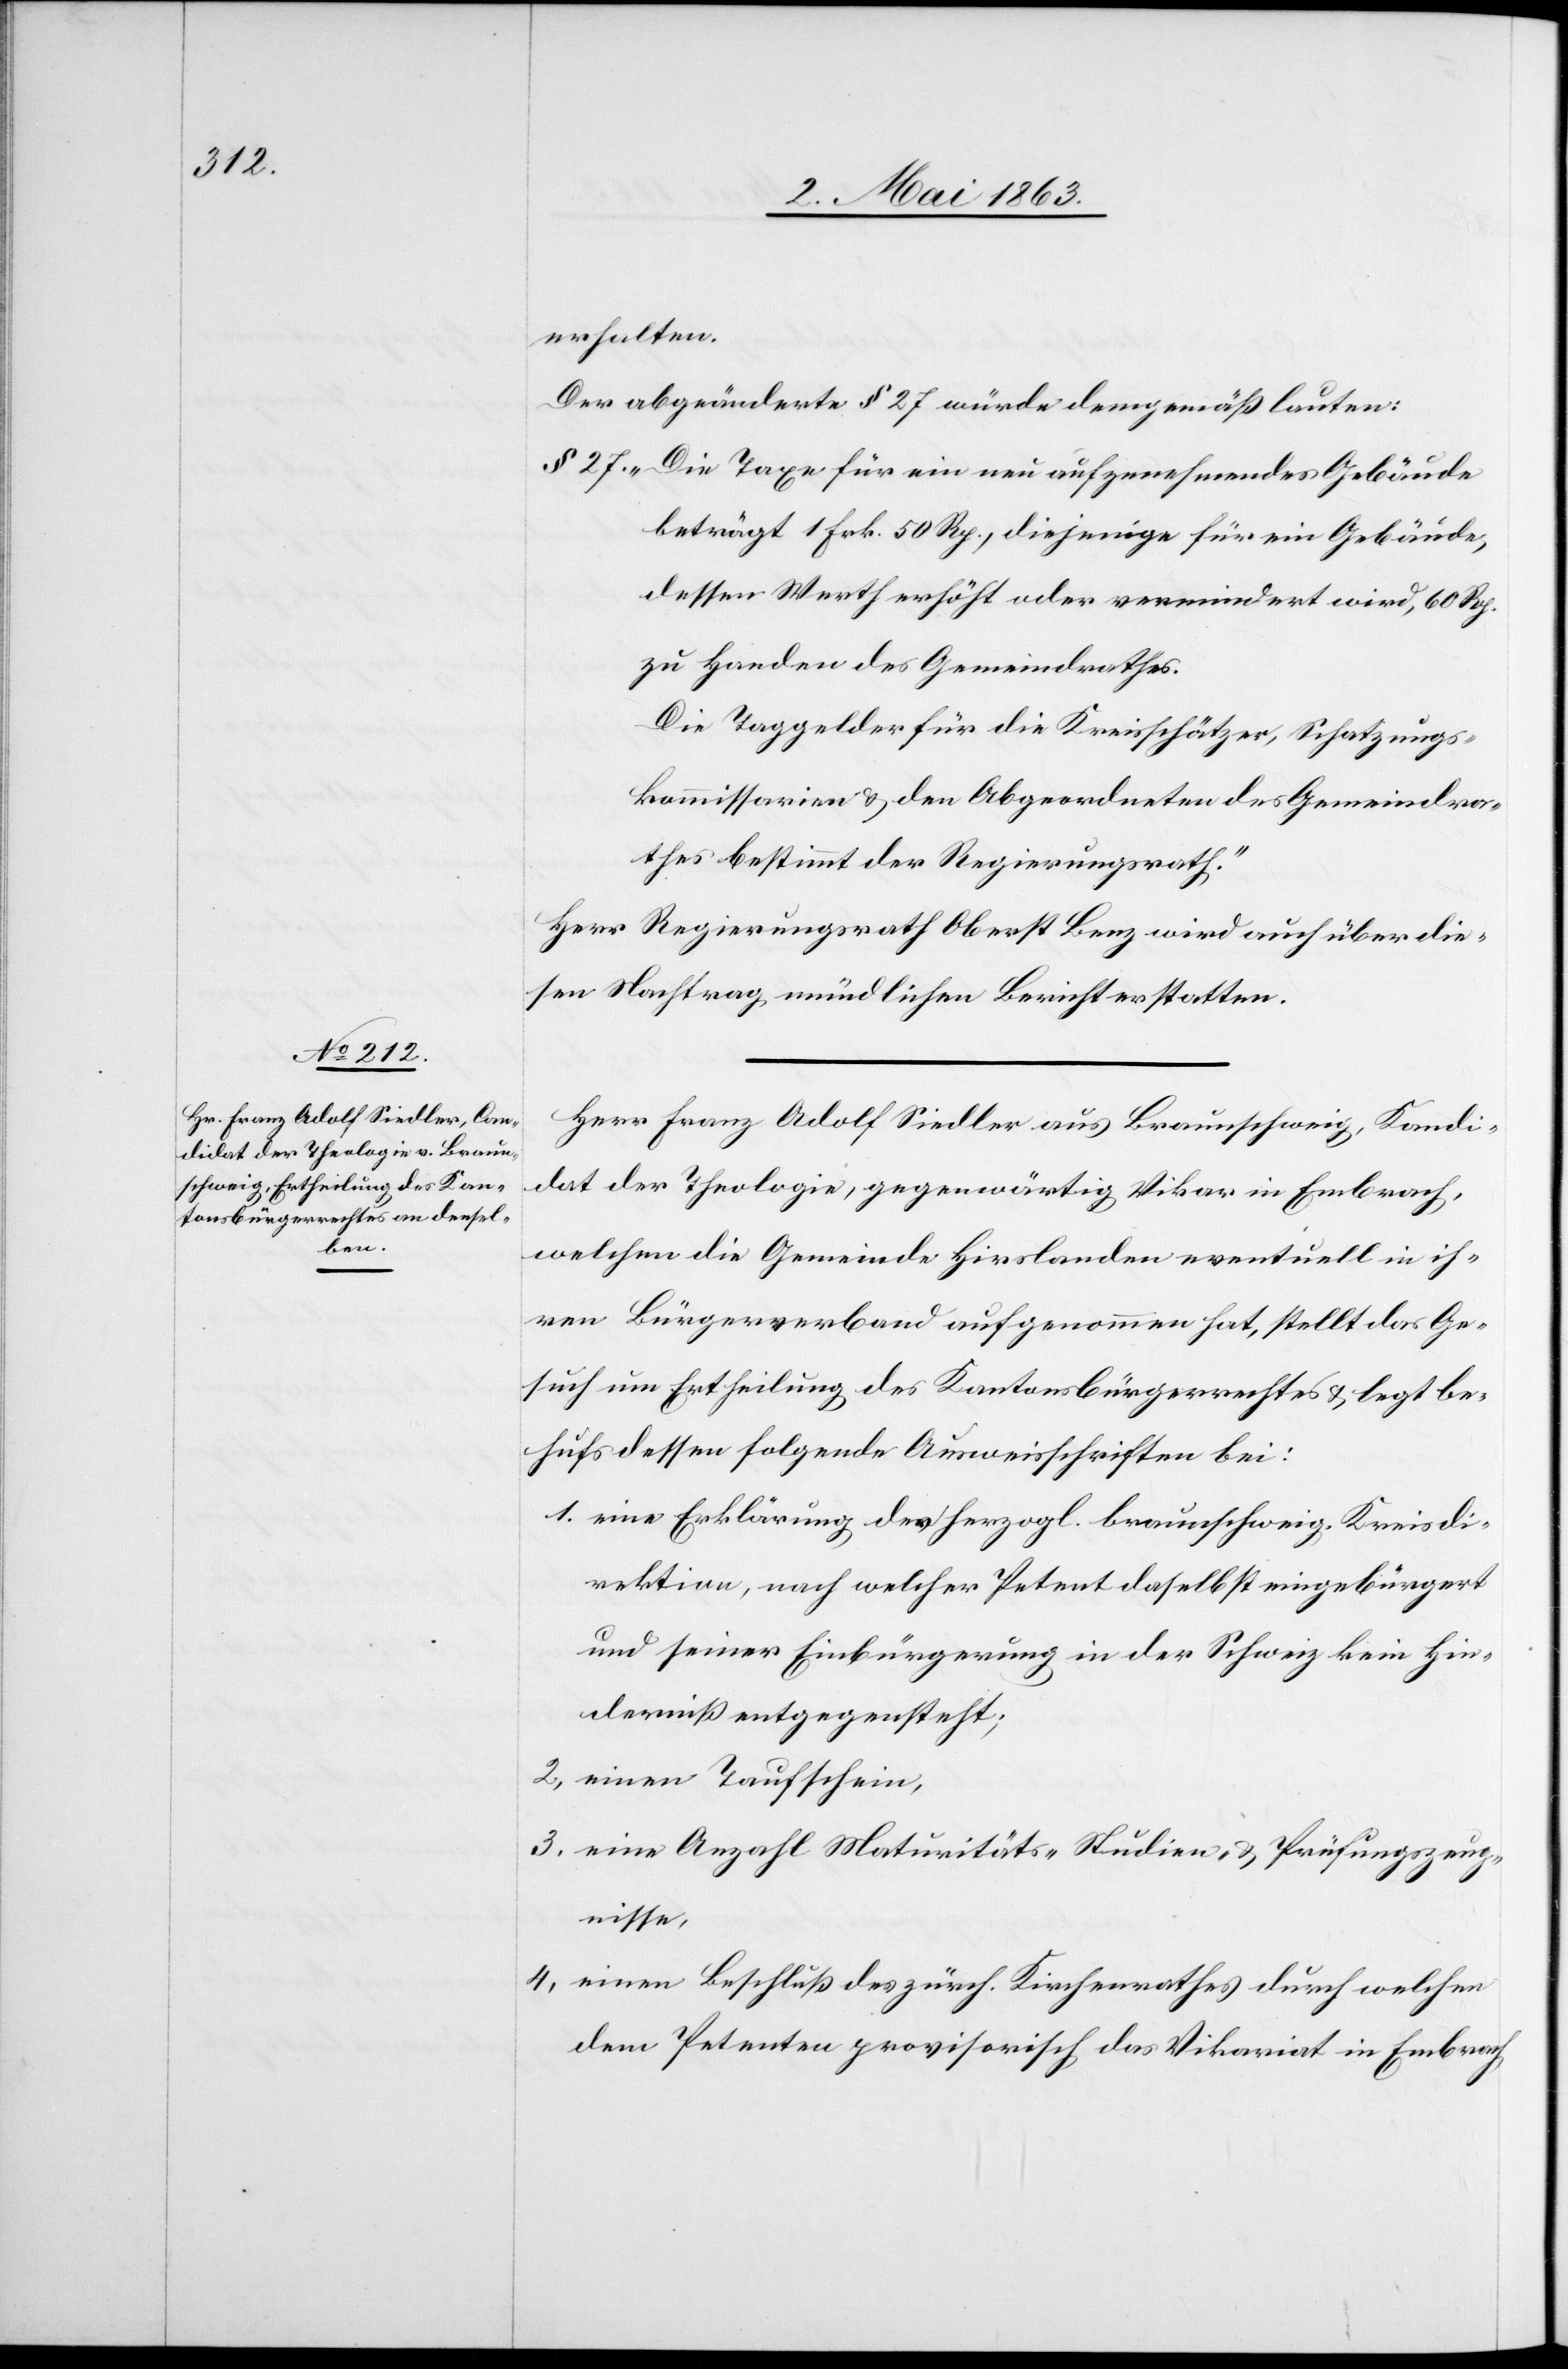
erhalten.
Der abgeänderte § 27 würde demgemäß lauten:
§. 27. „Die Taxe für ein neu aufzunehmendes Gebäude
beträgt 1 Frk. 50 Rp., diejenige für ein Gebäude,
dessen Werth erhöht oder vermindert wird, 60 Rp.
zu Handen des Gemeindrathes.
Die Taggelder für die Kreisschätzer, Schatzungs¬
kommissarien & den Abgeordneten des Gemeindra¬
thes bestimmt der Regierungsrath.“
Herr Regierungsrath Oberst Benz wird auch über die¬
sen Nachtrag mündlichen Bericht erstatten.
Herr Franz Adolf Siedler aus Braunschweig, Kandi¬
dat der Theologie, gegenwärtig Vikar in Embrach,
welchen die Gemeinde Hirslanden eventuell in ih¬
ren Bürgerverband aufgenommen hat, stellt das Ge¬
such um Ertheilung des Kantonsbürgerrechtes & legt be¬
hufs dessen folgende Ausweisschriften bei:
1. eine Erklärung der herzogl. braunschweig. Kreisdi¬
rektion, nach welcher Petent daselbst eingebürgert
und seiner Einbürgerung in der Schweiz kein Hin¬
derniß entgegensteht;
2. einen Taufschein,
3. eine Anzahl Maturitäts-[,] Studien- & Prüfungszeug¬
nisse,
4. einen Beschluß des zürch. Kirchenrathes durch welchen
dem Petenten provisorisch das Vikariat in Embrach